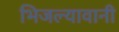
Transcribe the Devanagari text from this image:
भिजल्यावानी